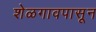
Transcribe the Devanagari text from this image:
शेळगावपासून